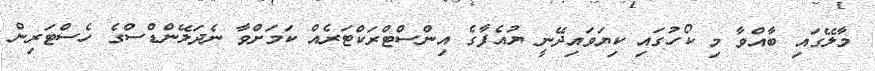
މާލޭގައި ބާއްވާ މި ކޯހުގައި ކިޔަވައިދޭނީ ޔުއެފާގެ އިންސްޓްރަކްޓަރެއް ކަމަށްވާ ނެދަލޭންޑްސްގެ ހެސްޓަރިން